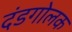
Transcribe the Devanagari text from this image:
दंडगोलक